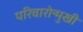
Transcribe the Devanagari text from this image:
परिवारोन्मुखी